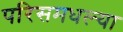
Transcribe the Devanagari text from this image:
परिसमधल्या